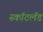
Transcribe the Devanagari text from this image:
स्कॉटलॅंड